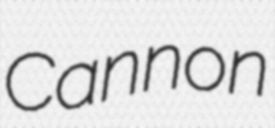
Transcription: Cannon